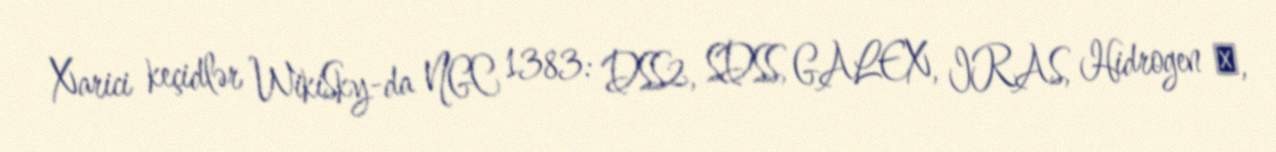
Xarici keçidlər WikiSky-da NGC 1383: DSS2, SDSS, GALEX, IRAS, Hidrogen α,